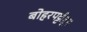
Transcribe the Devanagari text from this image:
बोहरपट्टीतून